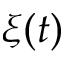
\xi ( t )